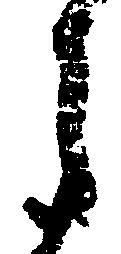
申